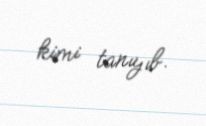
kimi tanıyıb.